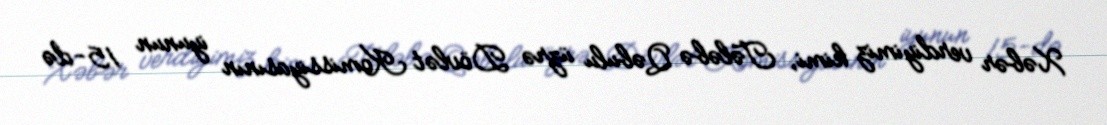
Xəbər verdiyimiz kimi, Tələbə Qəbulu üzrə Dövlət Komissiyasının iyunun 15-də